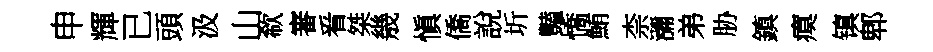
申輝已頭汲山欷審㸔桀㡬愼僑說圻豔憍鮪柰瀰弟胁鎮瘼镇郫